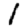
Digit: 1